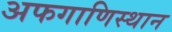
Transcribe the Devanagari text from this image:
अफगाणिस्थान